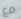
مع